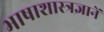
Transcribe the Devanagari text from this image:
भाषाशास्त्रज्ञानें